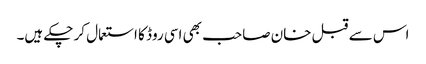
اس سے قبل خان صاحب بھی اسی روڈ کا استعمال کر چکے ہیں۔